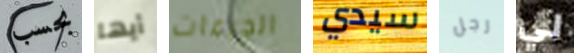
بحسب أيها الجرعات سيدي رجل لي